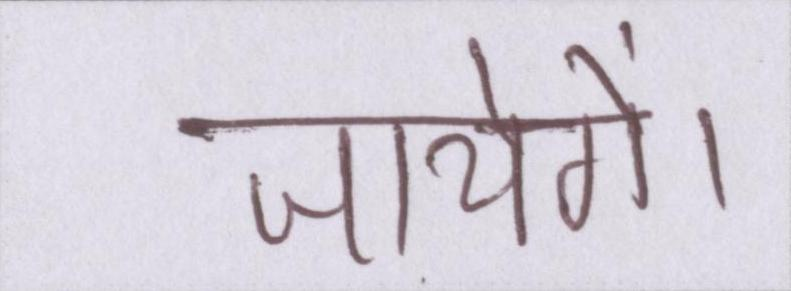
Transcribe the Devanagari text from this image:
जायेगें।